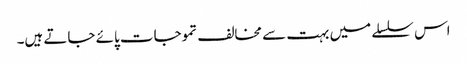
اس سلسلے میں بہت سے مخالف تموجات پائے جاتے ہیں۔